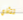
تتأذي